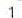
1